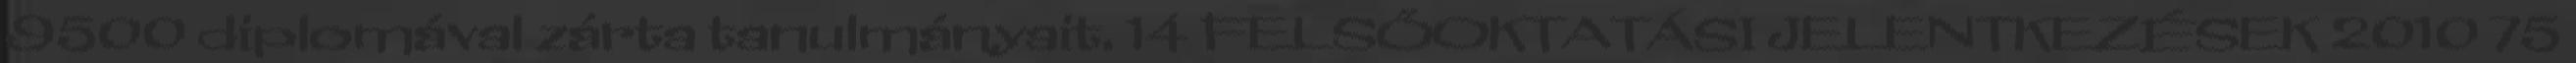
9500 diplomával zárta tanulmányait. 14 FELSŐOKTATÁSI JELENTKEZÉSEK 2010 75